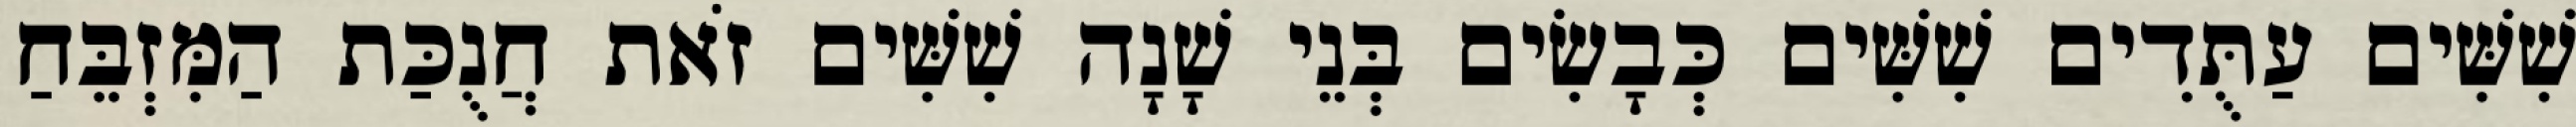
שִׁשִּׁים עַתֻּדִים שִׁשִּׁים כְּבָשִׂים בְּנֵי שָׁנָה שִׁשִּׁים זֹאת חֲנֻכַּת הַמִּזְבֵּחַ